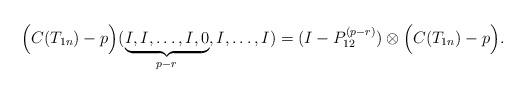
LaTeX: \begin{align*}\Big(C(T_{1n})-p\Big)( {\underset{p-r}{\underbrace{I,I,\dots,I,0}}},I,\dots,I)=(I-P_{12}^{(p-r)})\otimes \Big(C(T_{1n})-p\Big). \end{align*}